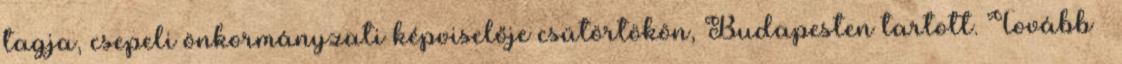
tagja, csepeli önkormányzati képviselője csütörtökön, Budapesten tartott. Tovább ›